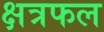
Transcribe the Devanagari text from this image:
क्षत्रफल